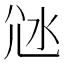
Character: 𡯑